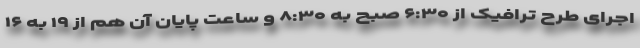
اجرای طرح ترافیک از ۶:۳۰ صبح به ۸:۳۰ و ساعت پایان آن هم از ۱۹ به ۱۶